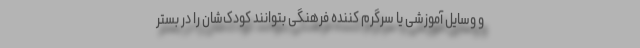
و وسایل آموزشی یا سرگرم کننده فرهنگی بتوانند کودک‌شان را در بستر